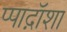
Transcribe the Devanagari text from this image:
प्पाद़ॉशा